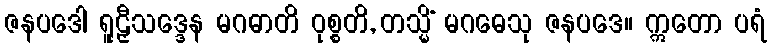
ဇနပဒေါ ရူဠှီသဒ္ဒေန မဂဓာတိ ဝုစ္စတိ, တသ္မိံ မဂဓေသု ဇနပဒေ။ ဣတော ပရံ